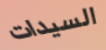
السيدات